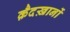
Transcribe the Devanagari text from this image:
क़ैदख़ानों